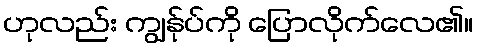
ဟုလည်း ကျွန်ုပ်ကို ပြောလိုက်လေ၏။